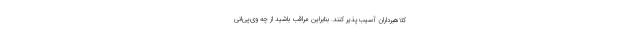
کلاهبرداران آسیب‌پذیر کنند. بنابراین مراقب باشید از چه وی‌پی‌انی